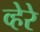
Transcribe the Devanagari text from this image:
व्हेरे